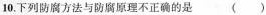
10.下列防腐方法与防腐原理不正确的是 （ ）